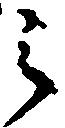
之